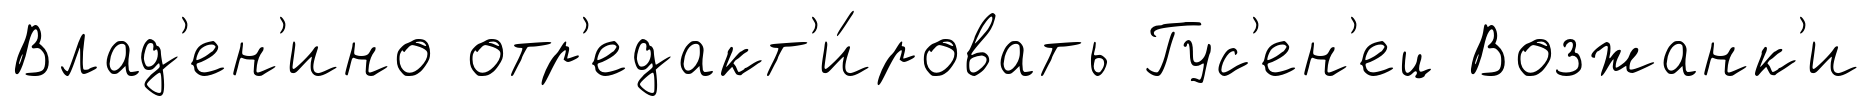
Влад'ен'ино отр'едакт'и́ровать Гус'ен'ец Возжанк'и